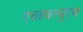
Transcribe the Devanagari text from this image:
एचडबल्युएच